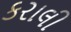
કરાલી